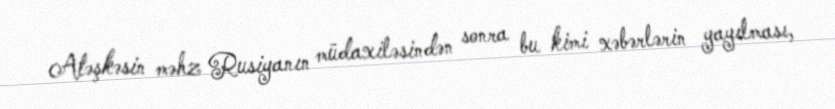
Atəşkəsin məhz Rusiyanın müdaxiləsindən sonra bu kimi xəbərlərin yayılması,